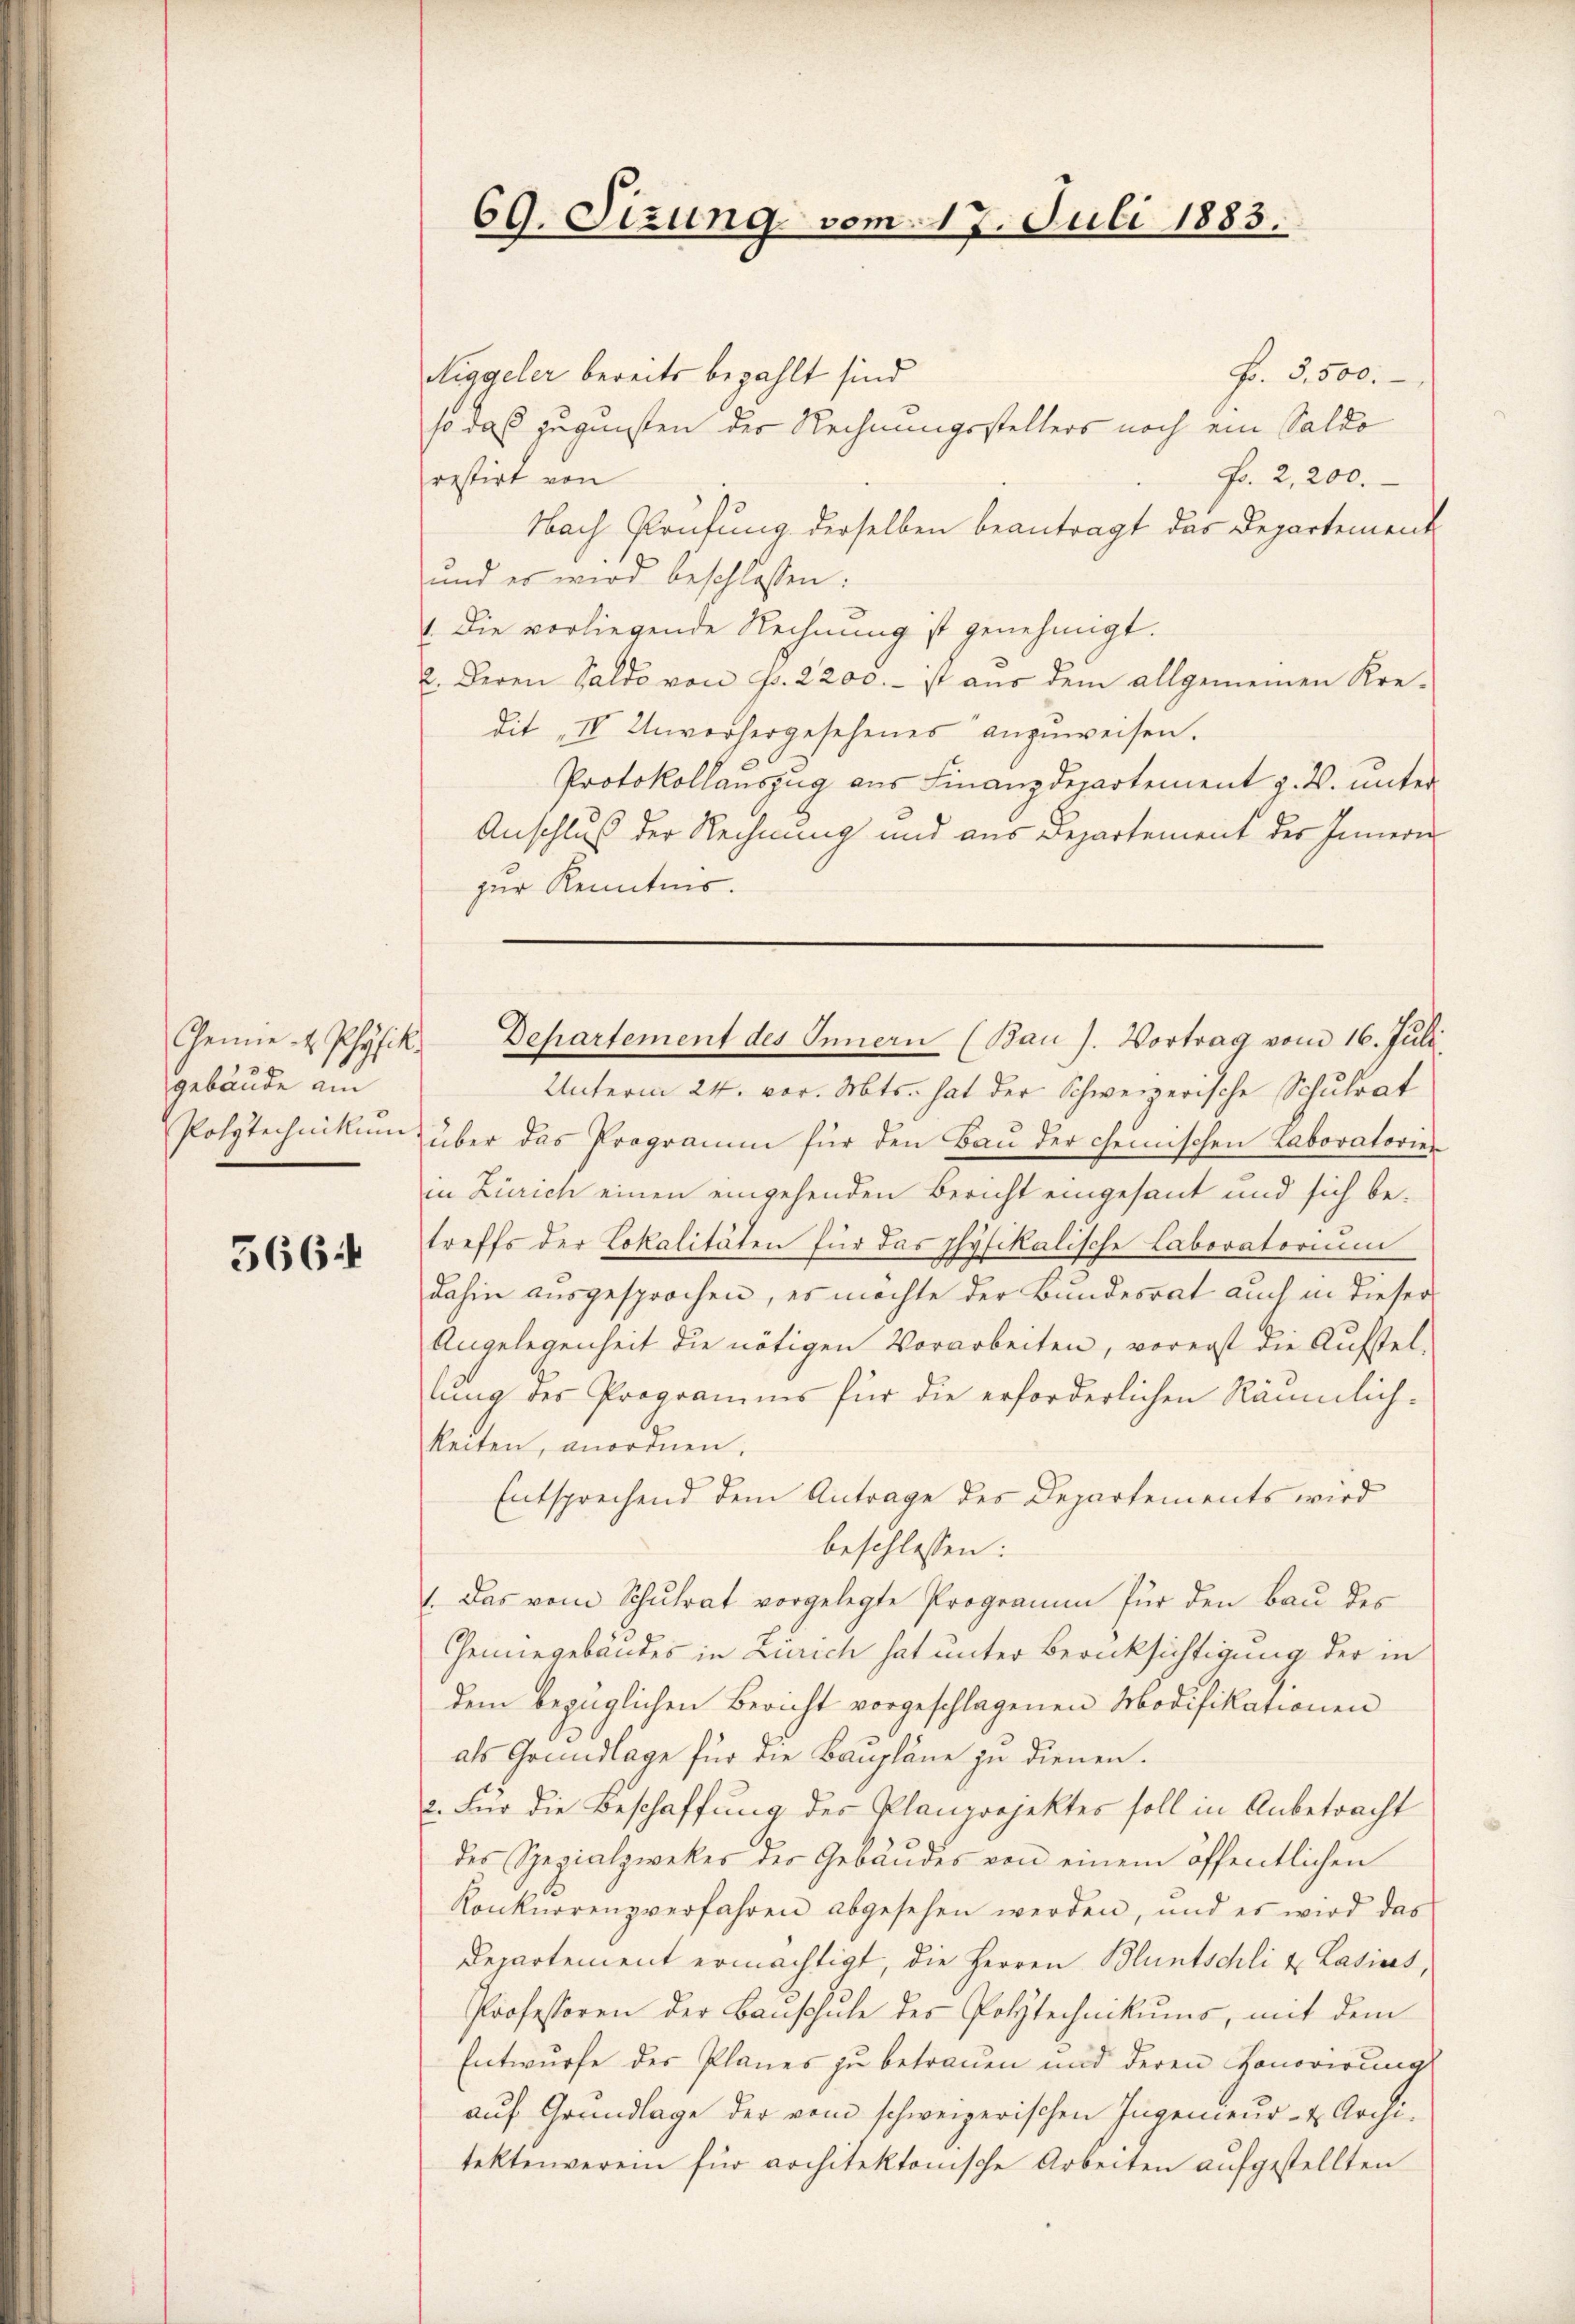
Gemie 2 Physik.
gebäude au
Polytechnikum

5664

69. Sizung vom 17. Juli 1883.

Fr. 5500.-
Niggeler bereits bezahlt sind
so das zugunsten der Rechnungsstellers noch ein Saldo
Fr. 2,200.
restirt von
Nach Prüfung derselben beantragt das Departement
und es wird beschlossen:
1. Die vorliegende Rechnung ist genehmigt.
2. Deren Saldo von p. 2200.- ist aŭs dem allgemeinen Kre-
dit "IV Unvorhergesehenes anzuweisen.
Protokollauszug aus Finanzdepartement z. B. unter
Anschluß der Rechnung und aus Departement des Innern
zur Kenntnis.
Unterm 24. vor. Mts. hat der Schweizerische Schulrat
über das Programm für den Bau der chemischen Laboratorier
in Zürich einen eingehenden Bericht eingesant und sich betreffs der Lokalitäten für das physikalische Laboratorium
dahin ausgesprochen, es möchte der Bundesrat auch in dieser
Angelegenheit die nötigen Vorarbeiten, vorerst die Aufstel-
lŭng des Programms für die erforderlichen Räumlich-
keiten, anordnen.
Entsprechend dem Antrage des Departements wird
beschlossen:
1. Das vom Schŭlrat vorgelegte Programm für den Bau des
Henegebäudes in Zürich hat unter Berücksichtigung der in
dem bezüglichen Bericht vorgeschlagenen Modifikationen
als Grundlage für die Baupläne zu dienen.
2. Für die Beschaffung des Planprojektes soll in Anbetracht
des Spezialzwekes der Gebäudes von einem öffentlichen
Konkurrenzverfahren abgesehen werden, und es wird das
Departement ermächtigt, die Herren Bluntschli & Lasias,
Professoren der Bauschule des Polytechnikums, mit dem
Entwurfe der Planes zu betrauen und deren Honorirung
auf Grundlage der vom schweizerischen Ingenieur- & Architektenverein für architektonische Arbeiten aufgestellten

Departement des Innern (Ban J. Vortrag vom 16. Juli